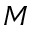
M